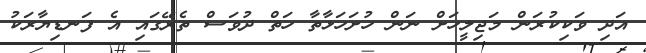
އަދި ވަކިކުރަން މަޖިލީހަށް ނަން ހުށަހަޅާތާ ހަތް ދުވަސް ތެރޭގައި އެ ފަނޑިޔާރަކު